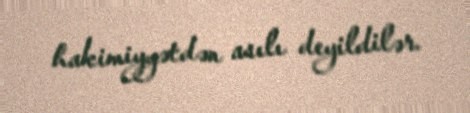
hakimiyyətdən asılı deyildilər.